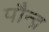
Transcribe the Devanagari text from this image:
पौन्द्र